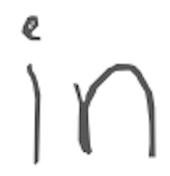
Text: in
Cross-out: clean
Writing tool: digital_gray